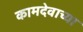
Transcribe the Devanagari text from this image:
कामदेवाच्या